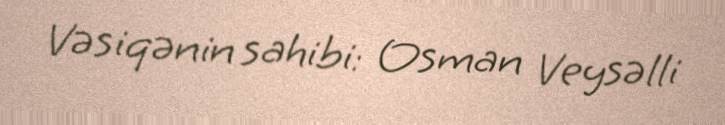
Vəsiqənin sahibi: Osman Veysəlli